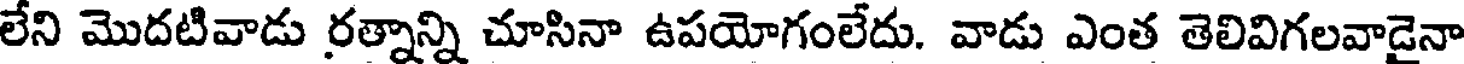
లేని మొదటివాడు రత్నాన్ని చూసినా ఉపయోగంలేదు. వాడు ఎంత తెలివిగలవాడైనా